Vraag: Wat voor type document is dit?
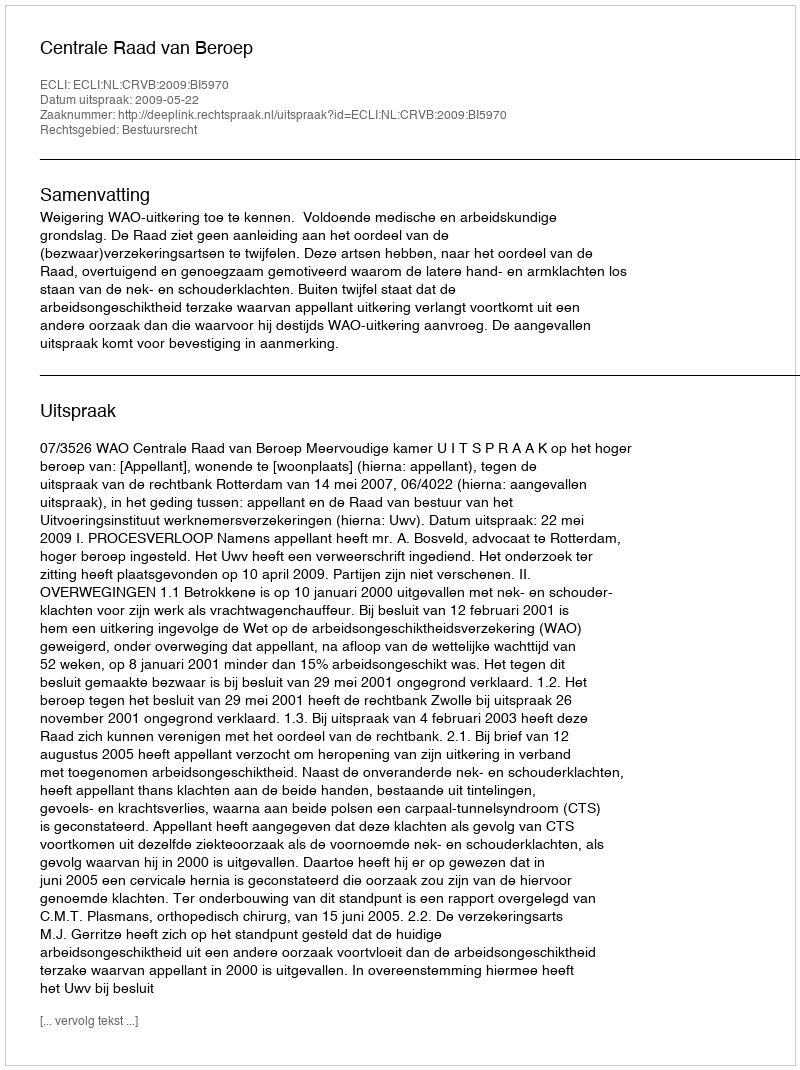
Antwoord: Uitspraak